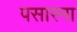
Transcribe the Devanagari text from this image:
पसारना